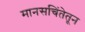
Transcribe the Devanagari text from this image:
मानसचिंतेतून